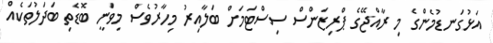
އަޅުގަނޑުމެންގެ މި ރާއްޖޭގެ ޕްރިޒަންސް ސިސްޓަމަށް ބަލާއިރު މިހާރުވެސް މިވަނީ ބޮޑެތި ބަދަލުތަކެއް